Document type: Sale
Year: 1461
Scribe: [Unknown]
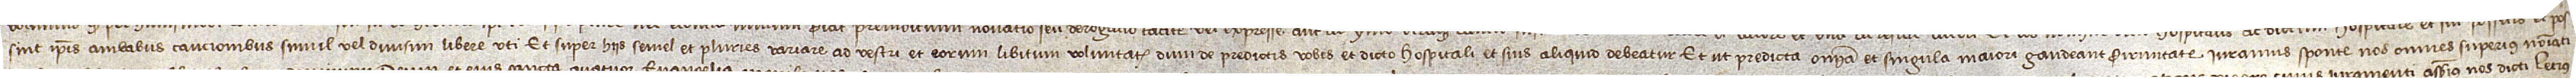
sint ipsis ambabus caucionibus simul vel divisim libere uti, et super hiis semel et pluries variare, ad vestri et eorum libitum voluntatis dum de predictis vobis et dicto hospitali et suis aliquid debeatur. Et ut predicta omnia et singula maiori gaudeant firmitate iuramus sponte nos omnes superius nominati